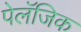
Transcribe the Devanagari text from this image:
पेलॅजिक